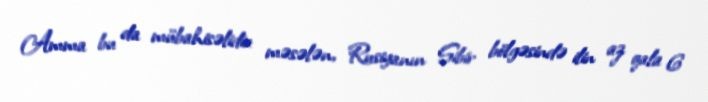
Amma bu da mübahisəlidir: məsələn, Rusiyanın Sibir bölgəsində ilin az qala 6